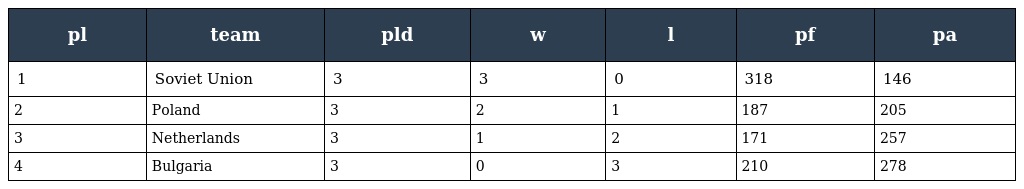
| pl | team | pld | w | l | pf | pa |
 | --- | --- | --- | --- | --- | --- | --- |
 | 1 | Soviet Union | 3 | 3 | 0 | 318 | 146 |
 | 2 | Poland | 3 | 2 | 1 | 187 | 205 |
 | 3 | Netherlands | 3 | 1 | 2 | 171 | 257 |
 | 4 | Bulgaria | 3 | 0 | 3 | 210 | 278 |